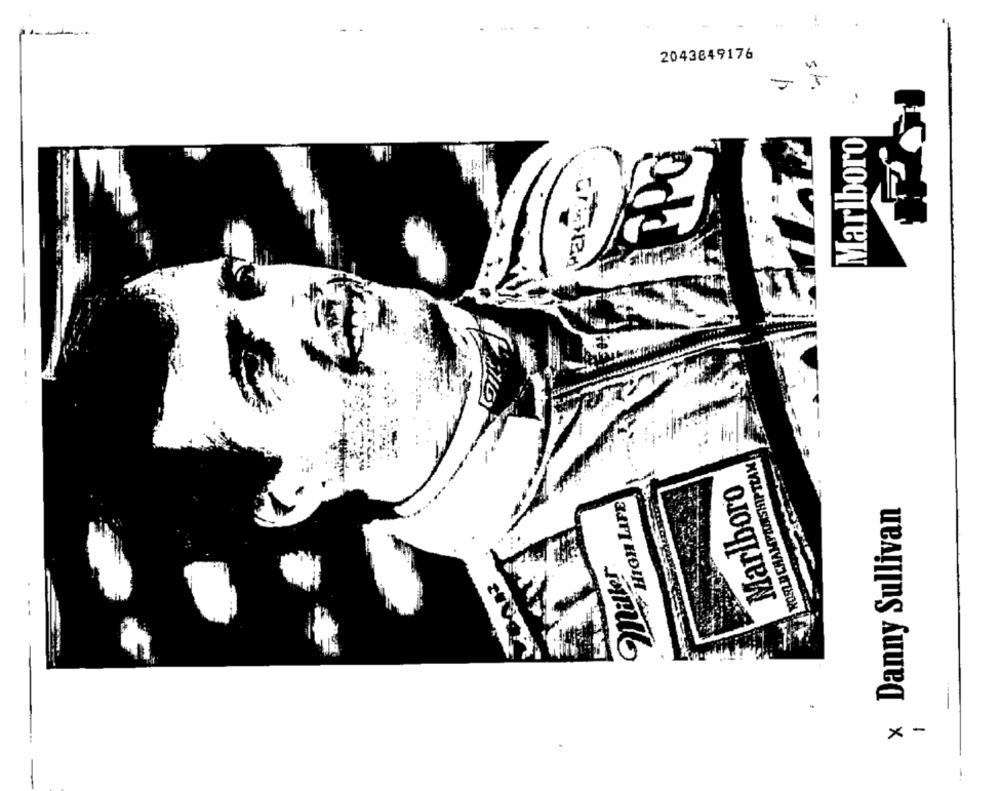
2043849176
Marlboro
KOSLECHAMPAMSHIPTEAM
Marlboro
× Danny Sullivan